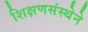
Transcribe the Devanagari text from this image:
शिक्षणसंस्थेने